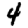
Digit: 4